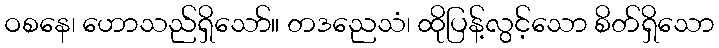
ဝစနေ၊ ဟောသည်ရှိသော်။ တဒညေသံ၊ ထိုပြန့်လွင့်သော စိတ်ရှိသော